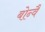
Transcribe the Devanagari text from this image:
बोन्वै